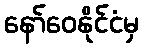
နော်ဝေနိုင်ငံမှ